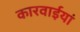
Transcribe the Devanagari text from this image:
कारवाईयां